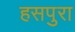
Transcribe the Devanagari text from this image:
हसपुरा